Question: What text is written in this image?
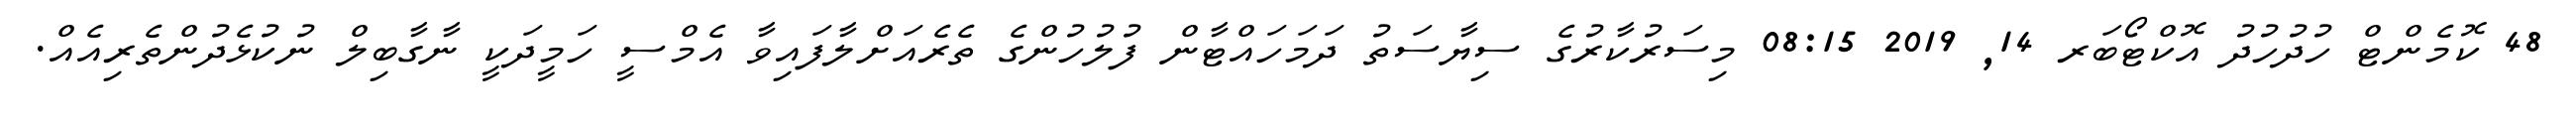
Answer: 48 ކޮމެންޓް ހުދުހުދު އޮކްޓޯބަރ 14, 2019 08:15 މިސަރުކާރުގެ ސިޔާސަތު ދަމަހައްޓާން ފުލުހުންގެ ތެރެއަށްލާފައިވާ އެމްސީ ހަމީދަކީ ނާގާބިލް ނުކުޅެދުންތެރިއެއް.